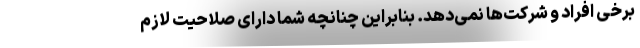
برخی افراد و شرکت‌ها نمی‌دهد. بنابراین چنانچه شما دارای صلاحیت لازم